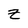
Character: z